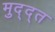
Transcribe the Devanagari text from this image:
मुद्द्त